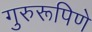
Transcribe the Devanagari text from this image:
गुरुरूपिणे